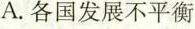
A.各国发展不平衡